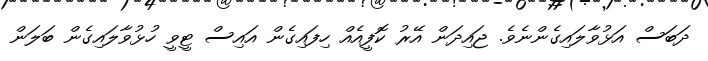
ދަބަސް އަޅުވާލައިގެންނެވެ. ޖައިދަން އޭރު ކޮފީއެއް ހިފައިގެން އައިސް ޓީވީ ހުޅުވާލައިގެން ބަލަން